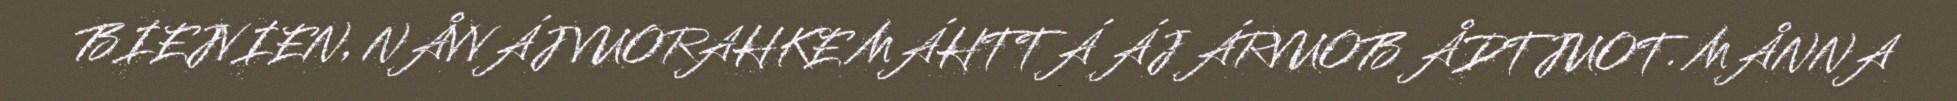
BIEJVIEN, NÅVVÁJ VUORAHKE MÁHTTÁ ÁJ ÁRVUOB ÅDTJUOT. MÅNNA